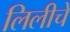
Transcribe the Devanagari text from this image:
लिलीचे